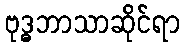
ဗုဒ္ဓဘာသာဆိုင်ရာ